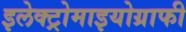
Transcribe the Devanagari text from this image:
इलेक्ट्रोमाइयोग्राफी